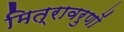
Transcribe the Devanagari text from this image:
मित्रावरुणों